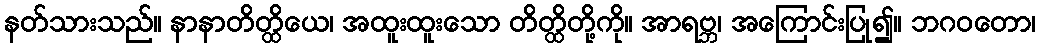
နတ်သားသည်။ နာနာတိတ္ထိယေ၊ အထူးထူးသော တိတ္ထိတို့ကို။ အာရဗ္ဘ၊ အကြောင်းပြု၍။ ဘဂဝတော၊